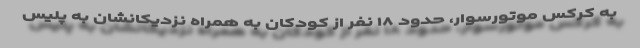
به کرکس موتورسوار، حدود ۱۸ نفر از کودکان به همراه نزدیکانشان به پلیس